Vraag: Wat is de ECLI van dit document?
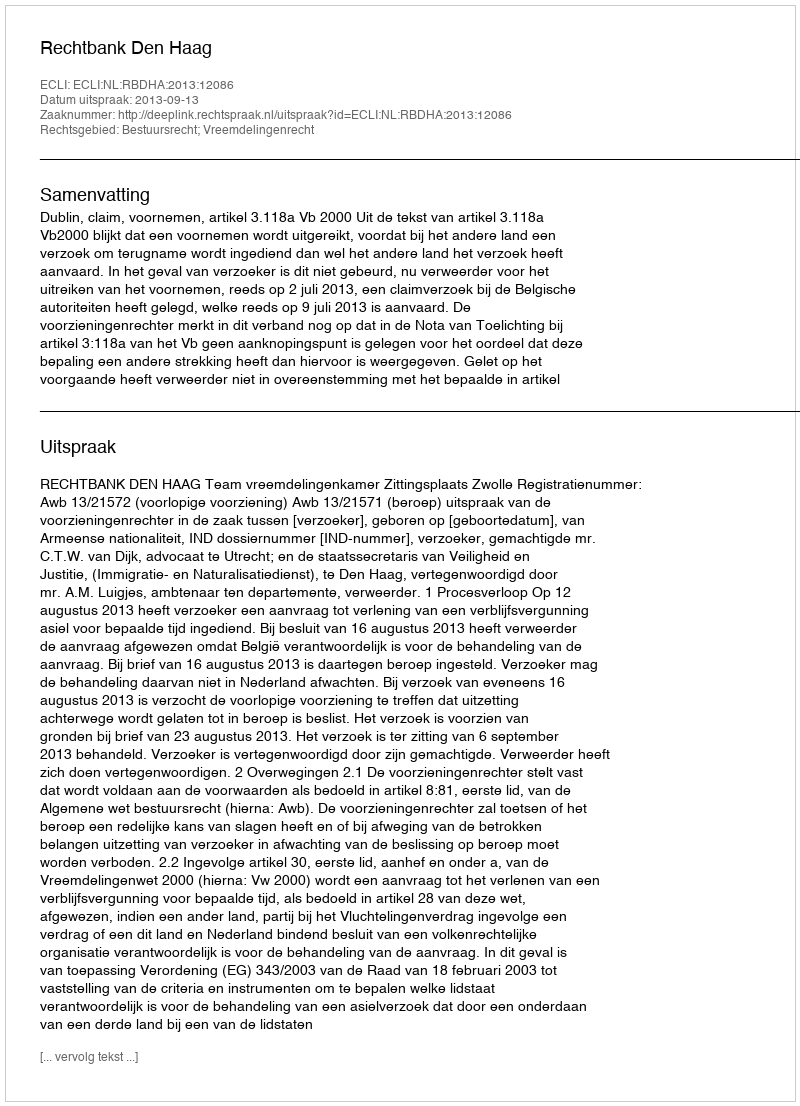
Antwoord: ECLI:NL:RBDHA:2013:12086